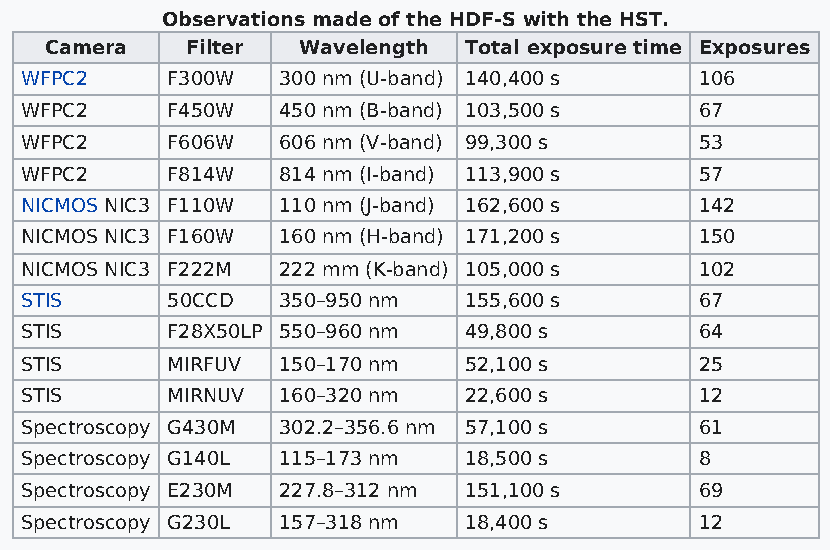
Observations made of the HDF-S with the HST.
 Camera   Filter  Wavelength Total exposure time Exposures
 WFPC2     F300W  300 nm (U-band) 140,400 s   106
 WFPC2     F450W  450 nm (B-band) 103,500 s   67
 WFPC2     F606W  606 nm (V-band) 99,300 s    53
 WFPC2     F814W  814 nm (I-band) 113,900 s   57
 NICMOS NIC3 F110W 110 nm (J-band) 162,600 s  142
 NICMOS NIC3 F160W 160 nm (H-band) 171,200 s  150
 NICMOS NIC3 F222M 222 mm (K-band) 105,000 s  102
 STIS      50CCD  350–950 nm   155,600 s      67
 STIS      F28X50LP 550–960 nm 49,800 s       64
 STIS      MIRFUV 150–170 nm   52,100 s       25
 STIS      MIRNUV 160–320 nm   22,600 s       12
 Spectroscopy G430M 302.2–356.6 nm 57,100 s   61
 Spectroscopy G140L 115–173 nm 18,500 s       8
 Spectroscopy E230M 227.8–312 nm 151,100 s    69
 Spectroscopy G230L 157–318 nm 18,400 s       12